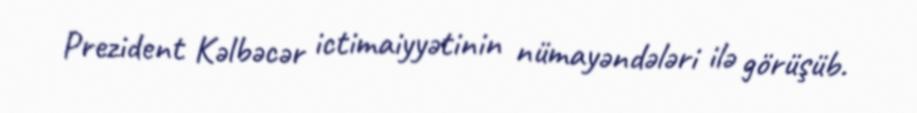
Prezident Kəlbəcər ictimaiyyətinin nümayəndələri ilə görüşüb.